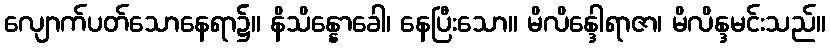
လျောက်ပတ်သောနေရာ၌။ နိသိန္နောခေါ၊ နေပြီးသော။ မိလိန္ဒေါရာဇာ၊ မိလိန္ဒမင်းသည်။